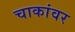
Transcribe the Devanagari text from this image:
चाकांवर